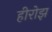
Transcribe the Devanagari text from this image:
हीरोझ